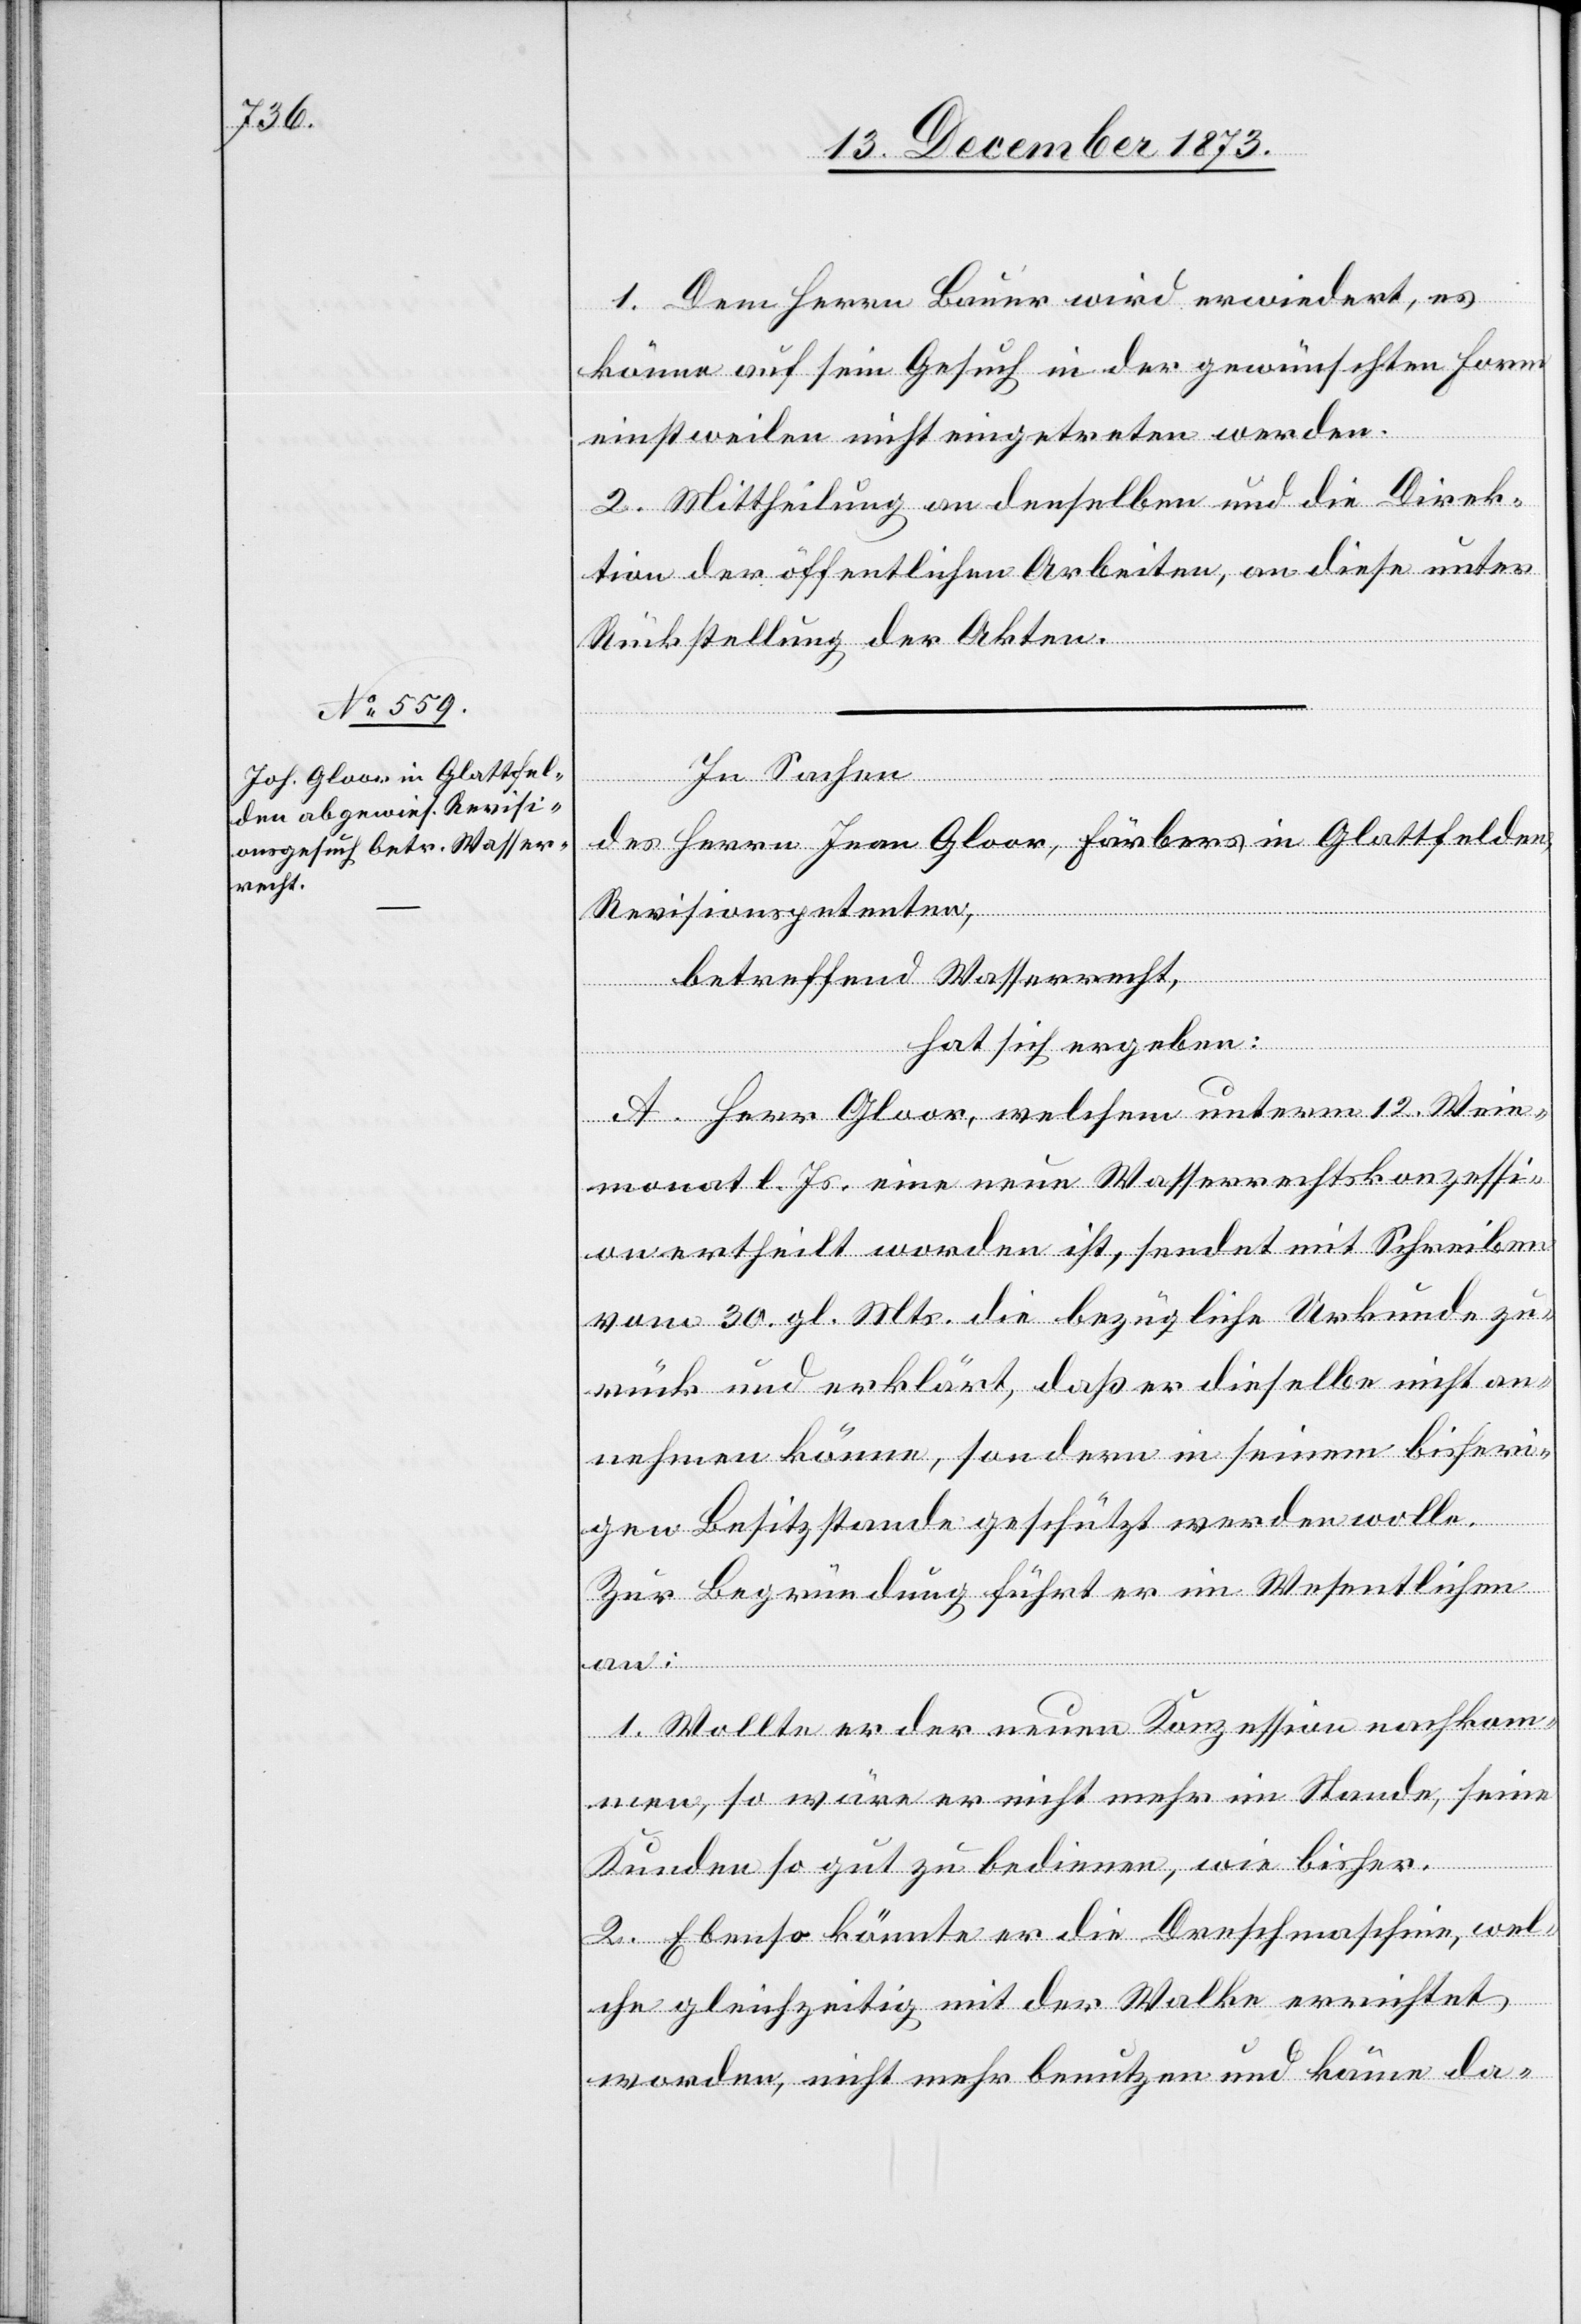
1. Dem Herrn Bauer wird erwiedert, es
könne auf sein Gesuch in der gewünschten Form
einstweilen nicht eingetreten werden.
2. Mittheilung an denselben und die Direk¬
tion der öffentlichen Arbeiten, an diese unter
Rückstellung der Akten.
des Herrn Jean Gloor, Färbers in Glattfelden,
Revisionspetenten,
betreffend Wasserrecht,
hat sich ergeben:
A. Herr Gloor, welchem unterm 12. Wein¬
monat l. Js. eine neue Wasserrechtskonzessi¬
on ertheilt worden ist, sendet mit Schreiben
vom 30. gl. Mts. die bezügliche Urkunde zu¬
rück und erklärt, daß er dieselbe nicht an¬
nehmen könne, sondern in seinem bisheri¬
gen Besitzstande geschützt werden wolle.
Zur Begründung führt er im Wesentlichen
an:
Sachen
1. Wollte er der neuen Konzession nachkom¬
men, so wäre er nicht mehr im Stande, seine
Kunden so gut zu bedienen, wie bisher.
2. Ebenso könnte er die Dreschmaschine, wel¬
che gleichzeitig mit der Walke errichtet
worden, nicht mehr benutzen und käme da-